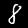
Digit: 8